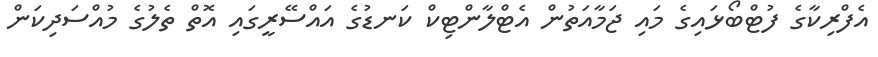
އެފްރިކާގެ ފުޓްބޯޅައިގެ މައި ޖަމާއަތުން އެޓްލާންޓިކް ކަނޑުގެ އައްސޭރީގައި އޮތް ތެލުގެ މުއްސަދިކަން